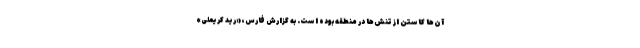
آن‌ها کاستن از تنش‌ها در منطقه بوده است. به گزارش فارس، «رِید کریملی»